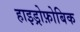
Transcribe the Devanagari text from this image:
हाइड्रोफ़ोबिक